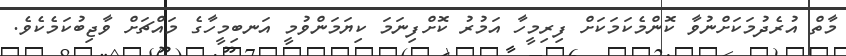
މާތް އުރެދުމަކަށްނުވާ ކޮންމެކަމަކަށް ފިރިމީހާ އަމުރު ކޮށްފިނަމަ ކިޔަމަންވުމީ އަނބިމީހާގެ މައްޗަށް ވާޖިބުކަމެކެވެ.